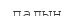
палын